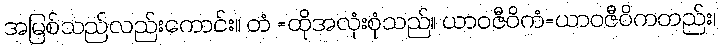
အမြစ်သည်လည်းကောင်း။ တံ =ထိုအလုံးစုံသည်။ ယာဝဇီဝိကံ=ယာဝဇီဝိကတည်း၊